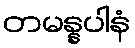
တမန္နပါနံ